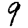
Digit: 9